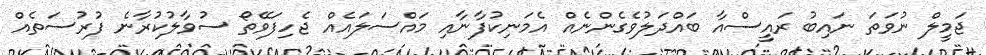
ޖަމީލް ނުވަތަ ނައިބު ރައީސްއާ ބައްދަލުވެގެންނެއް އެމަނިކުފާނާއި މައްސަލައެއް ޖެހިފަވޭތޯ ސުވާލުކުރާނެ ފުރުސަތެއް